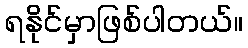
ရနိုင်မှာဖြစ်ပါတယ်။